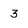
Character: 3